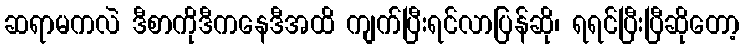
ဆရာမကလဲ ဒီစာကိုဒီကနေဒီအထိ ကျက်ပြီးရင်လာပြန်ဆို၊ ရရင်ပြီးပြီဆိုတော့